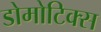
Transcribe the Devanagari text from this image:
डोमोटिक्स